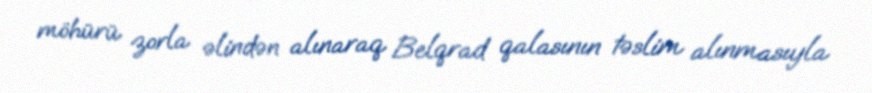
möhürü zorla əlindən alınaraq Belqrad qalasının təslim alınmasıyla